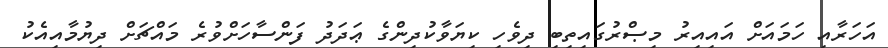
އަހަރާއި ހަމައަށް އައިއިރު މިޞްރުގައިތިބި ދިވެހި ކިޔަވާކުދިންގެ ޢަދަދު ފަންސާހަށްވުރެ މައްޗަށް ދިޔުމާއިއެކު